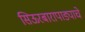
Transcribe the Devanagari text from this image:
सिऊरबारापाड्याचे